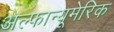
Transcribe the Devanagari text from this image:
अल्फान्यूमेरिक